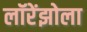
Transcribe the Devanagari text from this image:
लॉरेंझोला